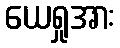
ယေရှုအား